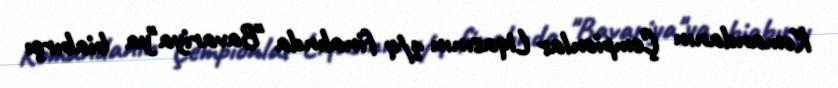
Komandanın Çempionlar Liqasının 1/4 finalında "Bavariya"ya biabırçı